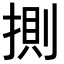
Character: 𢯩